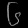
Digit: ၆